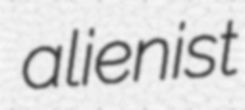
alienist